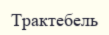
Трактебель